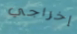
إخراجي